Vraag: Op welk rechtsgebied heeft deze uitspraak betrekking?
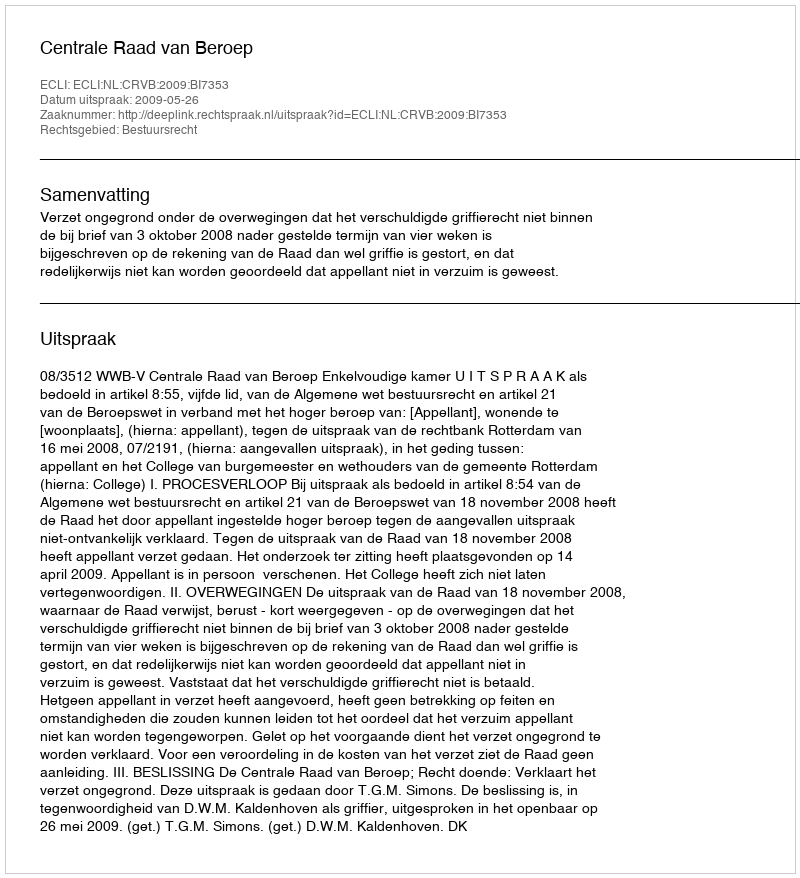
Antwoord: Bestuursrecht